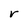
Character: r